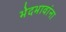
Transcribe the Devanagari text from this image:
भेदभावांना